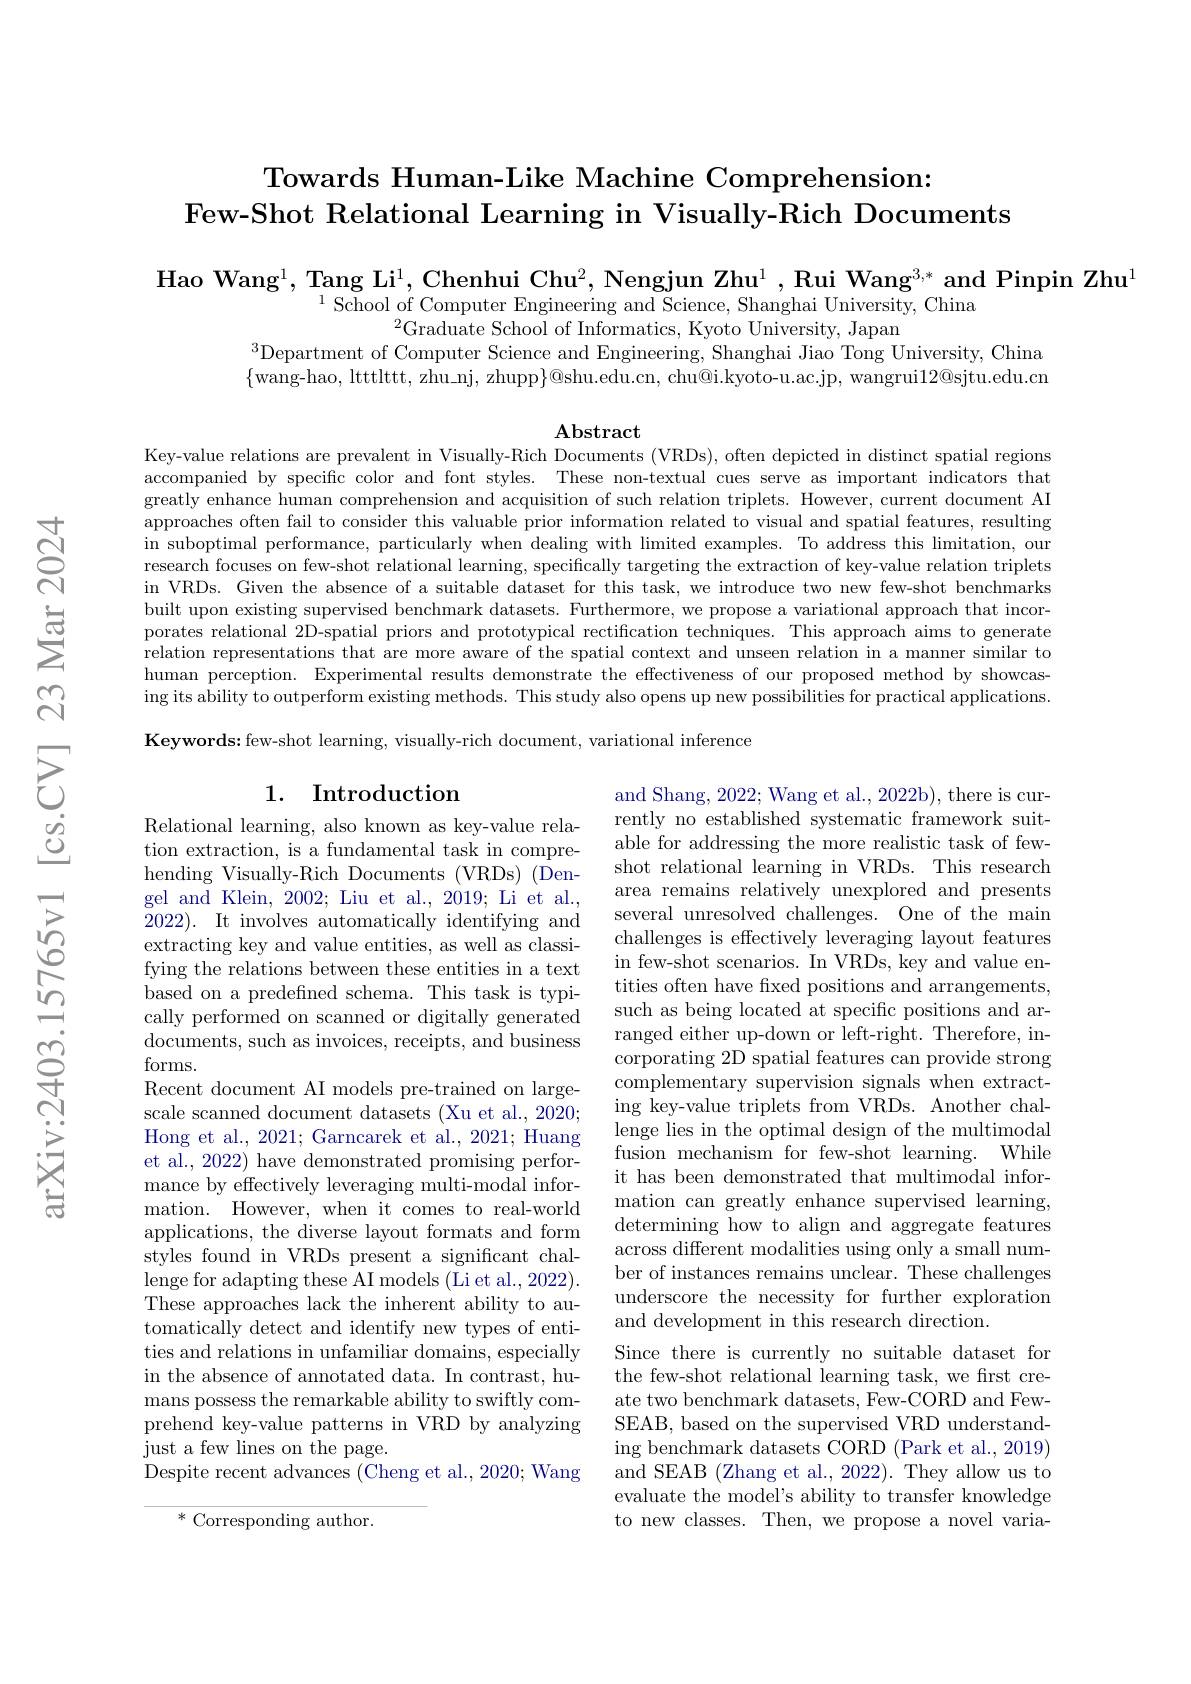
# Towards Human-Like Machine Comprehension: Few-Shot Relational Learning in Visually-Rich Documents

$\mathrm{Hao~Wang}^1$, Tang Li$^1$, Chenhui Chu$^2$, Nengjun Zhu$^1$, Rui Wang$^3,*$ and Pinpin Zhu$^1$
$^{1}\bar{\text{School of Computer Engineering and Science, Shanghai University, China}}$
${}^{2}$Graduate School of Informatics, Kyoto University, Japan
$^{3}$Department of Computer Science and Engineering, Shanghai Jiao Tong University, China $\{$wang-hao, ltttlttt, zhu\_nj, zhupp$\}$@shu.edu.cn, chu@i.kyoto-u.ac.jp, wangrui$12@$sjtu.edu.cn

$\mathbf{Abstract}$
Key-value relations are prevalent in Visually-Rich Documents (VRDs), often depicted in distinct spatial regions

accompanied by specific color and font styles. These non-textual cues serve as important indicators that greatly enhance human comprehension and acquisition of such relation triplets. However, current document AI approaches often fail to consider this valuable prior information related to visual and spatial features, resulting in suboptimal performance, particularly when dealing with limited examples. To address this limitation, our research focuses on few-shot relational learning, specifically targeting the extraction of key-value relation triplets in VRDs. Given the absence of a suitable dataset for this task, we introduce two new few-shot benchmarks built upon existing supervised benchmark datasets. Furthermore, we propose a variational approach that incorporates relational 2D-spatial priors and prototypical rectification techniques. This approach aims to generate relation representations that are more aware of the spatial context and unseen relation in a manner similar to human perception. Experimental results demonstrate the effectiveness of our proposed method by showcasing its ability to outperform existing methods. This study also opens up new possibilities for practical applications.

$\textbf{Keywords: few- shot learning, visually- rich document, variational inference}$

### 1. Introduction

Relational learning, also known as key-value relation extraction, is a fundamental task in comprehending Visually-Rich Documents (VRDs) (Dengel and Klein, 2002; Liu et al., 2019; Li et al., 2022). It involves automatically identifying and extracting key and value entities, as well as classifying the relations between these entities in a text based on a predefined schema. This task is typically performed on scanned or digitally generated documents, such as invoices, receipts, and business forms.
Recent document AI models pre-trained on largescale scanned document datasets (Xu et al., 2020; Hong et al., 2021; Garncarek et al., 2021; Huang et al., 2022) have demonstrated promising performance by effectively leveraging multi-modal information. However, when it comes to real-world applications, the diverse layout formats and form styles found in VRDs present a significant challenge for adapting these AI models (Li et al., 2022). These approaches lack the inherent ability to automatically detect and identify new types of entities and relations in unfamiliar domains, especially in the absence of annotated data. In contrast, humans possess the remarkable ability to swiftly comprehend key-value patterns in VRD by analyzing just a few lines on the page.
Despite recent advances (Cheng et al., 2020; Wang

and Shang, 2022; Wang et al., 2022b), there is currently no established systematic framework suitable for addressing the more realistic task of fewshot relational learning in VRDs. This research area remains relatively unexplored and presents several unresolved challenges. One of the main challenges is effectively leveraging layout features in few-shot scenarios. In VRDs, key and value entities often have fixed positions and arrangements, such as being located at specific positions and arranged either up-down or left-right. Therefore, in- ${\mathrm{corporating~2D~spatial~features~can~provide~strong}}$ complementary supervision signals when extracting key-value triplets from VRDs. Another challenge lies in the optimal design of the multimodal fusion mechanism for few-shot learning. While it has been demonstrated that multimodal information can greatly enhance supervised learning, determining how to align and aggregate features across different modalities using only a small number of instances remains unclear. These challenges underscore the necessity for further exploration and development in this research direction.
Since there is currently no suitable dataset for the few-shot relational learning task, we frst create two benchmark datasets, Few-CORD and FewSEAB, based on the supervised VRD understanding benchmark datasets CORD (Park et al., 2019) and SEAB (Zhang et al., 2022). They allow us to evaluate the model's ability to transfer knowledge to new classes. Then, we propose a novel varia-

* Corresponding author.